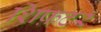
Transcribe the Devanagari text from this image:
शिफ़टर